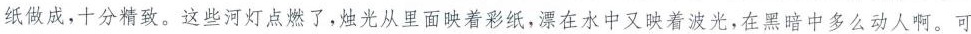
纸做成，十分精致。这些河灯点燃了，烛光从里面映着彩纸，漂在水中又映着波光，在黑暗中多么动人啊。可